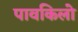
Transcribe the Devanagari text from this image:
पावकिलो